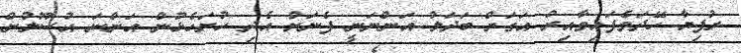
ރުފިޔާ ހޭދަވެފައިވާއިރު އަގަށް ބަދަލު އަންނަނީ ފެނަށް އެދި ހުށަހެޅުން އަންނަ އުސޫލުން